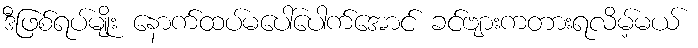
ဒီဖြစ်ရပ်မျိုး နောက်ထပ်မပေါ်ပေါက်အောင် ခင်ဗျားကတားရလိမ့်မယ်